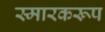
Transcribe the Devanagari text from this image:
स्मारकरूप